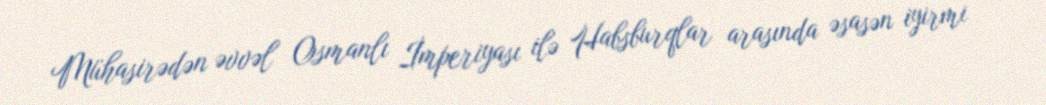
Mühasirədən əvvəl Osmanlı İmperiyası ilə Habsburqlar arasında əsasən iyirmi